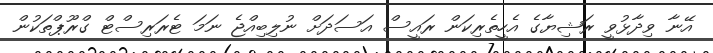
އޭނާ ވިދާޅުވީ ރަޝިޔާގެ އެހީތެރިކަން ރައީސް އަސަދަށް ނުލިބިއްޖެ ނަމަ ޓެރަރިސްޓް ގްރޫޕްތަކުން